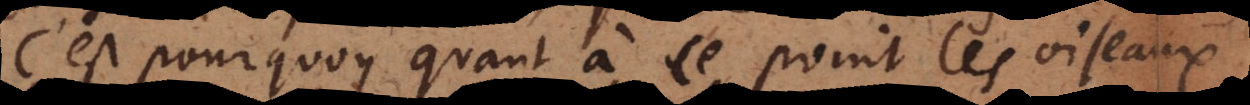
C’est pourquoy quant à ce point les oiseaux